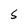
Character: s